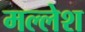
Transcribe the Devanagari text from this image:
मल्लेश